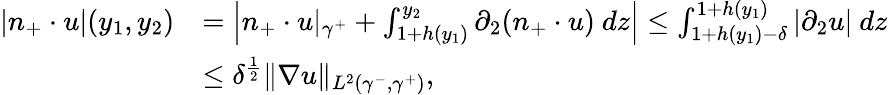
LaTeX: \begin{array}{rl}{|n_{+}\cdot u|(y_{1},y_{2})}&{=\left|n_{+}\cdot u\vert_{\gamma^{+}}+\int_{1+h(y_{1})}^{y_{2}}\partial_{2}(n_{+}\cdot u)\ dz\right|\leq\int_{1+h(y_{1})-\delta}^{1+h(y_{1})}|\partial_{2}u|\ dz}\\ &{\leq\delta^{\frac{1}{2}}\| \nabla u\| _{L^{2}(\gamma^{-},\gamma^{+})},}\end{array}